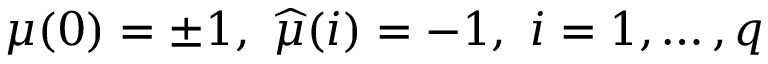
\mu ( 0 ) = \pm 1 , \mathtt { \ } \widehat { \mu } ( i ) = - 1 , \mathtt { \ } i = 1 , \dots , q